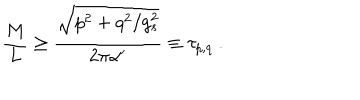
\frac { M } { L } \geq \frac { \sqrt { p ^ { 2 } + q ^ { 2 } / g _ { s } ^ { 2 } } } { 2 \pi { \alpha ^ { \prime } } } \equiv \tau _ { p , q } \ .